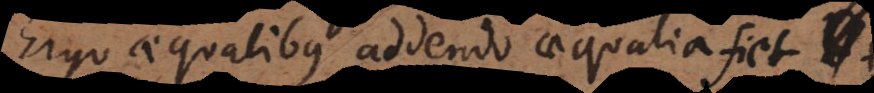
Ergo aequalibus addendo aequalia, fiet +